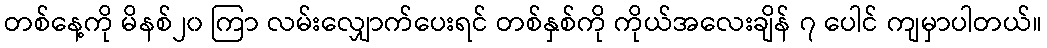
တစ်နေ့ကို မိနစ်၂၀ ကြာ လမ်းလျှောက်ပေးရင် တစ်နှစ်ကို ကိုယ်အလေးချိန် ၇ ပေါင် ကျမှာပါတယ်။